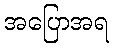
အပြောအရ